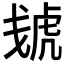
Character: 𰲠